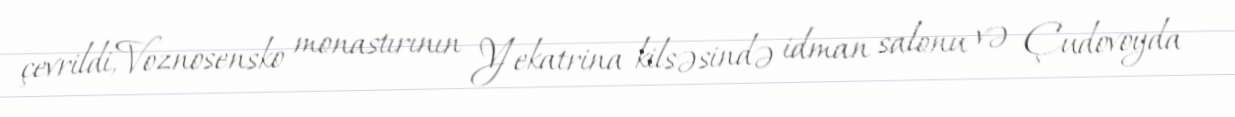
çevrildi,Voznosensko monastırının Yekatrina kilsəsində idman salonu və Çudovoyda